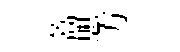
篙愳方